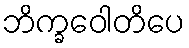
ဘိက္ခဝေါတိပေ